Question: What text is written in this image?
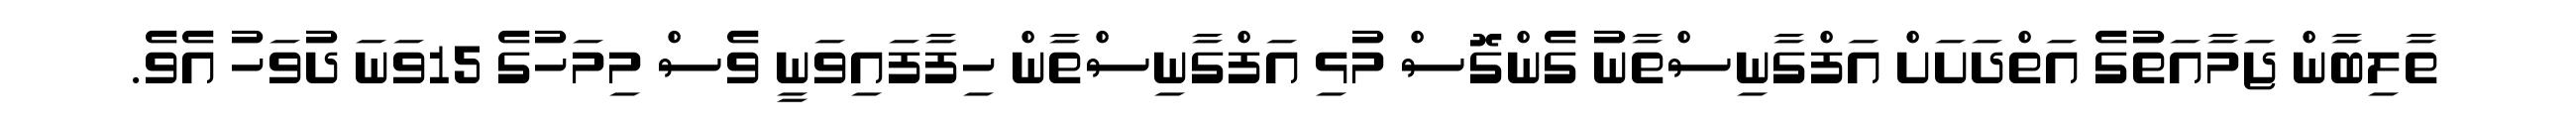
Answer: ތާލިބާން ޖަމާއަތުގެ އަތްދަށަށް އަފްގާނިސްތާނު ގެންގޮސް މުޅި އަފްގާނިސްތާން ހިފާފައިވަނީ ވެސް މިމަހުގެ 15ވަނަ ދުވަހު އެވެ.